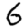
Digit: 6